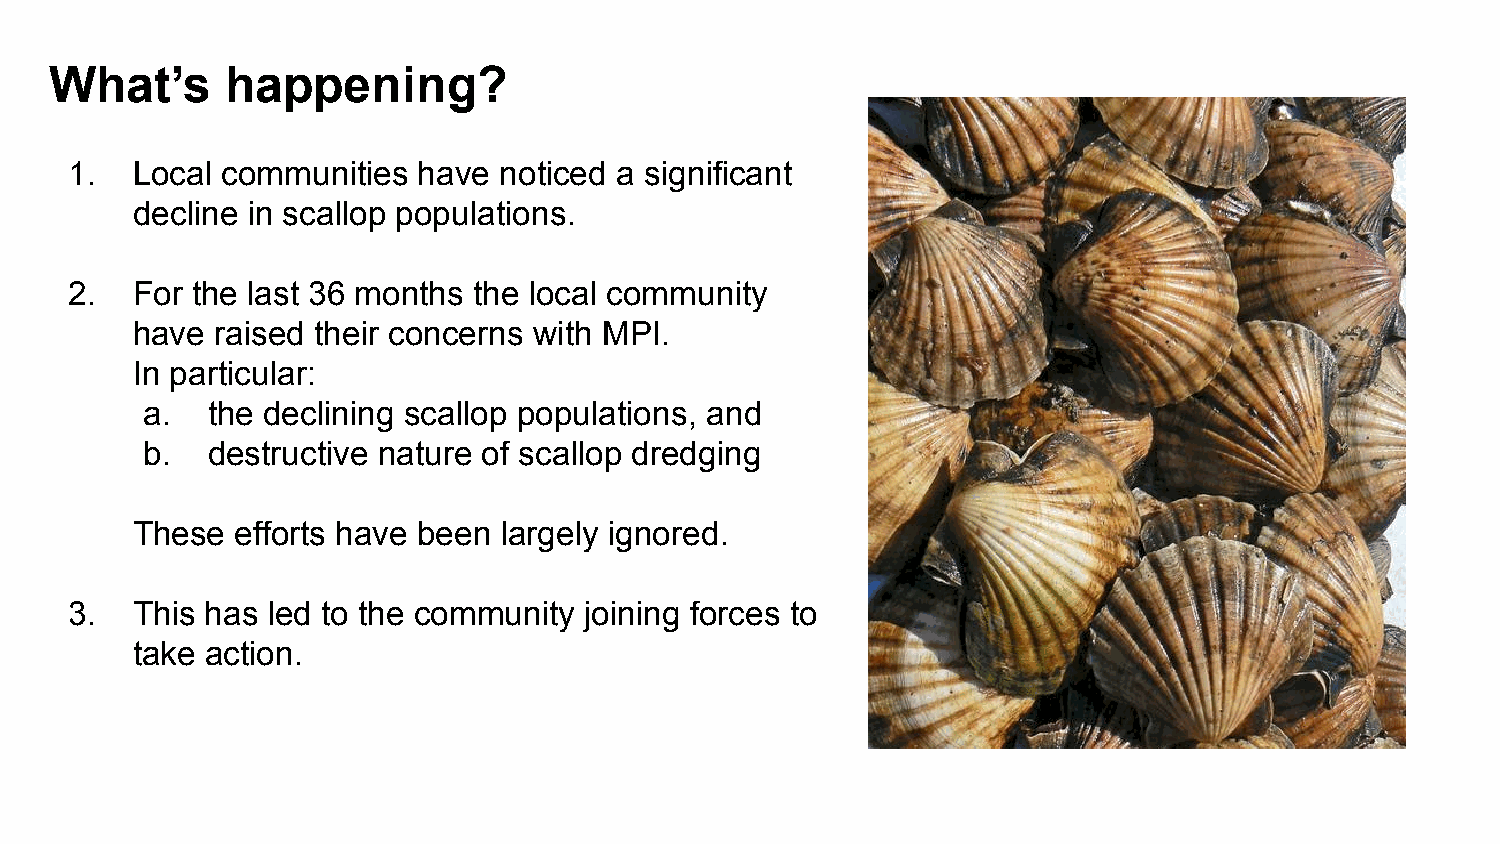
What’s      happening?
 1.  Local communities  have noticed a significant
 decline in scallop populations.
 2.  For the last 36 months the local community
 have raised their concerns with MPI.
 In particular:
 a.   the declining scallop populations, and
 b.   destructive nature of scallop dredging
 These  efforts have been largely ignored.
 3.  This has led to the community joining forces to
 take action.